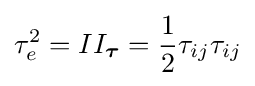
\tau _{e}^{2}=II_{\boldsymbol {\tau }}={\frac {1}{2}}\tau _{ij}\tau _{ij}